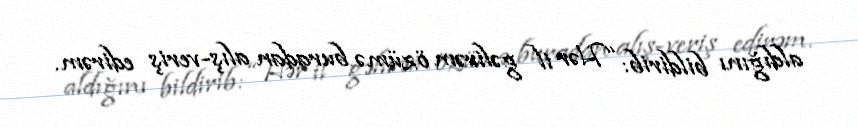
aldığını bildirib: “Hər il gəlirəm özümə buradan alış-veriş edirəm.